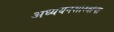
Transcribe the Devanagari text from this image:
अध्ययनशास्त्राचा